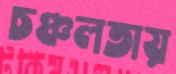
চঞ্চলতায়